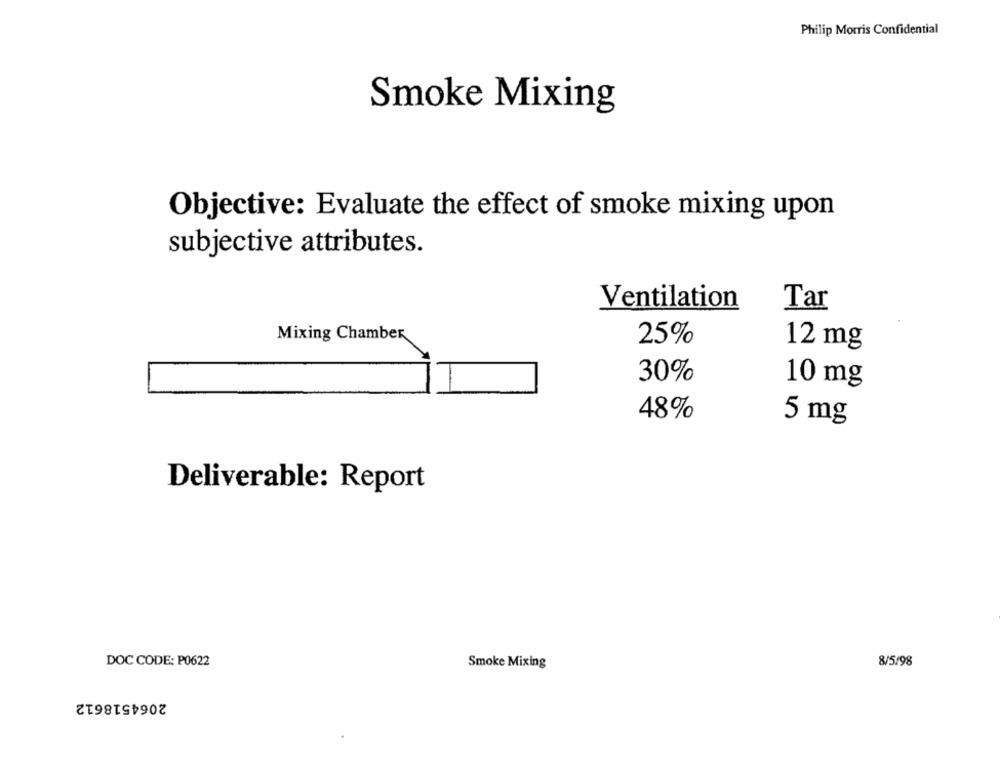
Philip Morris Confidential
Smoke Mixing
Objective: Evaluate the effect of smoke mixing upon
subjective attributes.
Ventilation
Tar
Mixing Chamber
25%
12 mg
30%
10 mg
48%
5 mg
Deliverable: Report
DOC CODE: P0622
8/5/98
Smoke Mixing
2064518612